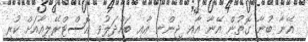
އޭނާ ބުނާ ގޮތުން އޭނާ އާއި ޖިންނި އާއި ބައްދަލުވީ އޮސްޓްރޭލިއާއަށް ކުރި